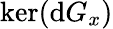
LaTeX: \ker(\mathrm{d}G_{x})